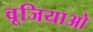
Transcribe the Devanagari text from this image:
वूजियाओ